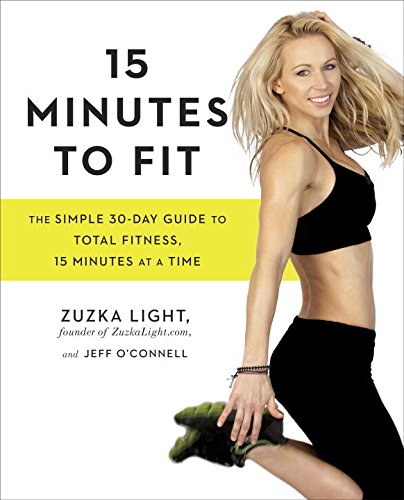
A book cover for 15 Minutes to Fit: The Simple 30-Day Guide to Total Fitness, 15 Minutes At A Time; Zuzka Light; Health, Fitness & Dieting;